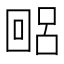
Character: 𫭐